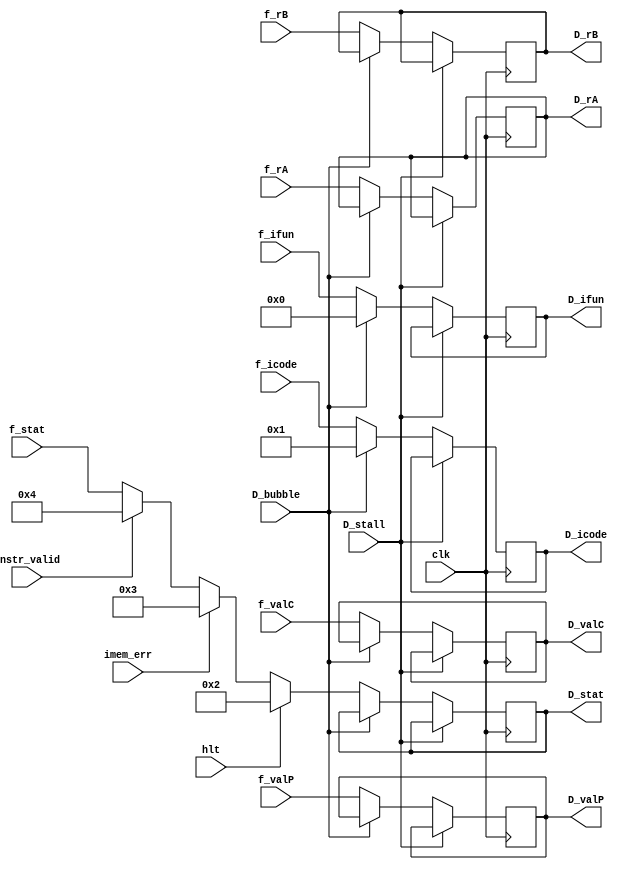
module d_reg(
input clk, 
input D_stall, 
input D_bubble,
input [3:0] f_icode, f_ifun, f_stat,
input [3:0] f_rA, f_rB,
input [63:0] f_valC, f_valP,
input hlt, instr_valid, imem_err,

output reg [3:0] D_icode, D_ifun, D_stat,
output reg [3:0] D_rA, D_rB,
output reg [63:0] D_valC, D_valP
);

always @(posedge clk)
begin 
   
   if(D_stall==0)
   begin
      if(D_bubble == 0) 
      begin
         D_rA = f_rA;
         D_rB = f_rB;
         D_icode = f_icode; 
         D_ifun = f_ifun;
         D_valC = f_valC;
         D_valP = f_valP;
         
         if(hlt == 1)
         begin
            D_stat = 4'h2 ;
         end
         else if(imem_err == 1)
         begin
            D_stat = 4'h3 ;
         end
         else if(instr_valid == 1)
         begin
            D_stat = 4'h4;
         end
         else
            D_stat = f_stat;
      end

      else if(D_bubble == 1) 
      begin 
         D_icode = 4'b1;
         D_ifun  = 4'b0;
      end
   end
end
endmodule